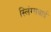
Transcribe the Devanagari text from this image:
स्लिंग्सबाई